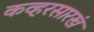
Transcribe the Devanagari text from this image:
कव्हरसारखं